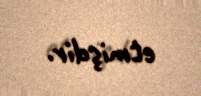
etmişdir.